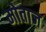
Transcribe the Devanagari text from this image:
मोताज